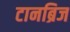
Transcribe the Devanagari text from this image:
टानब्रिज